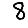
Digit: 8